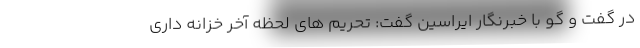
در گفت و گو با خبرنگار ایراسین گفت: تحریم های لحظه آخر خزانه داری